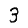
Digit: 3